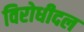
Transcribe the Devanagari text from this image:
विरोधीदल